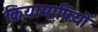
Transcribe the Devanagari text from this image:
क्रियामापियों